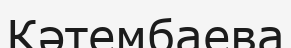
Кәтембаева